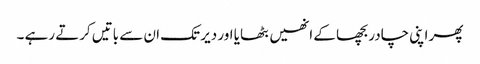
پھر اپنی چادر بچھا کے انھیں بٹھایا اور دیر تک ان سے باتیں کرتے رہے ۔